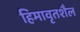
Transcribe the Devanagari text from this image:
हिमावृतशैल